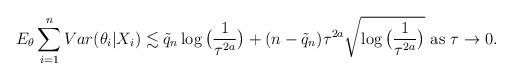
LaTeX: \begin{align*}E_{\theta} \sum_{i=1}^{n} Var(\theta_{i}|X_i) \lesssim \tilde{q}_n\log\big(\frac{1}{\tau^{2a}}\big)+(n-\tilde{q}_n)\tau^{2a}\sqrt{\log\big(\frac{1}{\tau^{2a}}\big)} \mbox{ as } \tau \rightarrow 0. \end{align*}